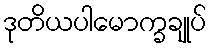
ဒုတိယပါမောက္ခချုပ်